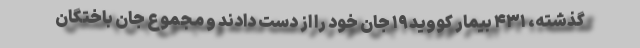
گذشته، ۴۳۱ بیمار کووید۱۹ جان خود را از دست دادند و مجموع جان باختگان